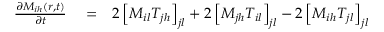
\begin{array} { r l r } { \frac { \partial M _ { i h } ( r , t ) } { \partial t } } & { { } = } & { 2 \left[ M _ { i l } T _ { j h } \right] _ { j l } + 2 \left[ M _ { j h } T _ { i l } \right] _ { j l } - 2 \left[ M _ { i h } T _ { j l } \right] _ { j l } } \end{array}